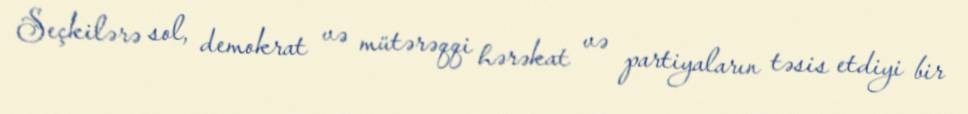
Seçkilərə sol, demokrat və mütərəqqi hərəkat və partiyaların təsis etdiyi bir